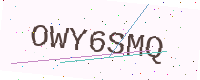
Text: OWY6SMQ